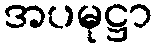
အပမုဋ္ဌာ